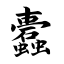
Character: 蠹